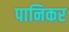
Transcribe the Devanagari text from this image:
पानिकर